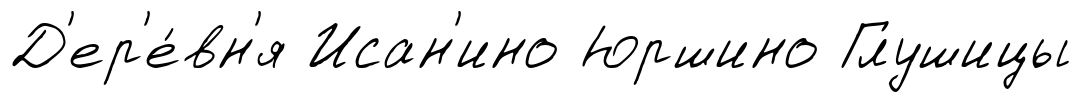
Д'ер'е́вн'я Исан'ино Юршино Глушицы